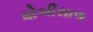
ધોબીસાળ